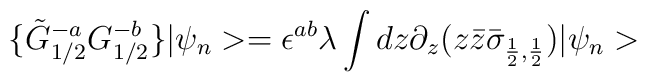
\{\tilde{G}^{-a}_{1/2}{G}^{-b}_{1/2}\} |\psi_n> = \epsilon^{ab} \lambda\int d z \partial_z (z\bar{z}  \bar{\sigma}_{\frac{1}{2},\frac{1}{2}})|\psi_n>